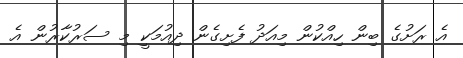
އެ ރަށުގެ ބިން ހިއްކުން މިއަދު ފެށިގެން ދިއުމަކީ މި ސަރުކާރުން އެ